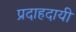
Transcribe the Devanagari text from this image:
प्रदाहदायी